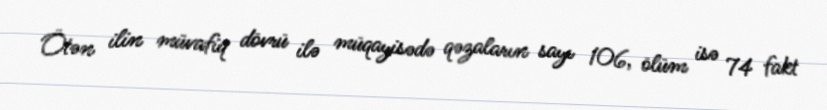
Ötən ilin müvafiq dövrü ilə müqayisədə qəzaların sayı 106, ölüm isə 74 fakt